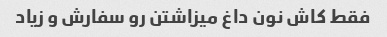
فقط کاش نون داغ میزاشتن رو سفارش و زیاد